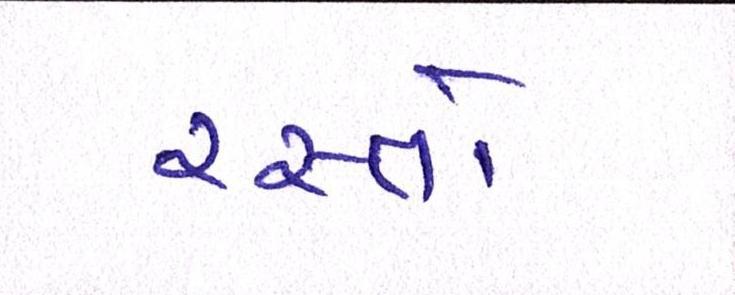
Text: રસ્તો